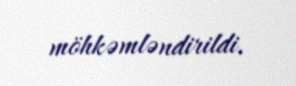
möhkəmləndirildi.